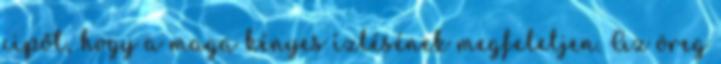
cipőt, hogy a maga kényes ízlésének megfeleljen. Az öreg